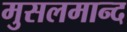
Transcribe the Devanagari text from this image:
मुसलमान्द